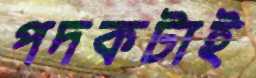
পদকটাই